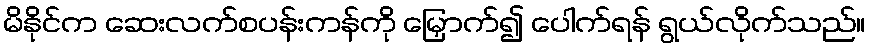
မိနိုင်က ဆေးလက်စပန်းကန်ကို မြှောက်၍ ပေါက်ရန် ရွယ်လိုက်သည်။